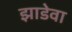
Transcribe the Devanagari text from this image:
झाडेवा